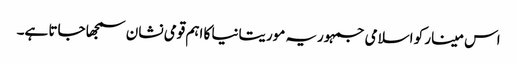
اس مینار کو اسلامی جمہوریہ موریتانیا کا اہم قومی نشان سمجھا جاتا ہے۔